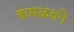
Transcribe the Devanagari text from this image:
कमळवने